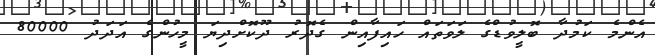
އެންމެ ކަމުދާ ބޮލީވުޑްގެ ލަވަތައް ހައިފާއިން ގެދޮރު ދޫކޮށްދިޔަ މީހުންގެ އަދަދު 80000